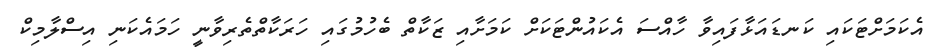
އެކަމަށްޓަކައި ކަނޑައަޅާފައިވާ ހާއްސަ އެކައުންޓަކަށް ކަމަށާއި ޒަކާތް ބެހުމުގައި ހަރަކާތްތެރިވާނީ ހަމައެކަނި އިސްލާމިކް